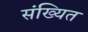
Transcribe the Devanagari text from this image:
संख्यित